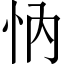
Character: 𢗉